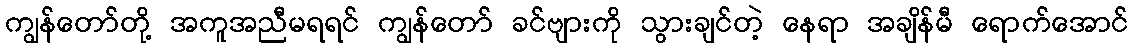
ကျွန်တော်တို့ အကူအညီမရရင် ကျွန်တော် ခင်ဗျားကို သွားချင်တဲ့ နေရာ အချိန်မီ ရောက်အောင်